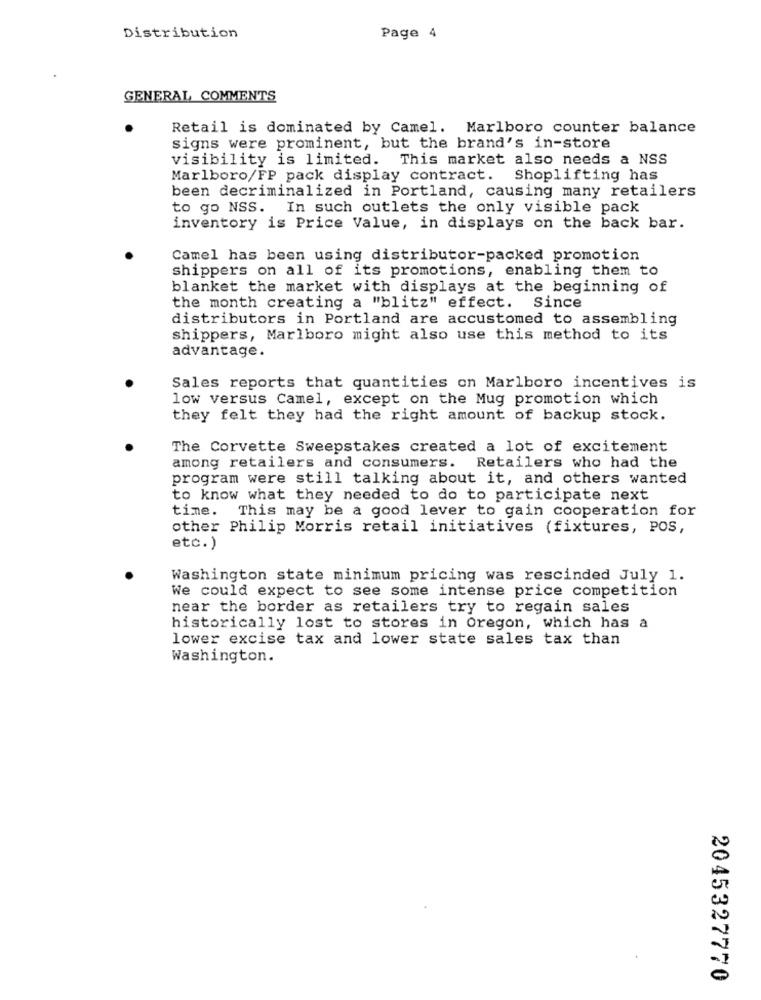
Distribution
Page 4
GENERAL COMMENTS
Retail is dominated by Camel. Marlboro counter balance
signs were prominent, but the brand's in-store
visibility is limited. This market also needs a NSS
Marlboro/FP pack display contract. Shoplifting has
been decriminalized in Portland, causing many retailers
to go NSS. In such outlets the only visible pack
inventory is Price Value, in displays on the back bar.
Camel has been using distributor-packed promotion
shippers on all of its promotions, enabling them to
blanket the market with displays at the beginning of
the month creating a "blitz" effect. Since
distributors in Portland are accustomed to assembling
shippers, Marlboro might also use this method to its
advantage.
Sales reports that quantities on Marlboro incentives is
low versus Camel, except on the Mug promotion which
they felt they had the right amount of backup stock.
The Corvette Sweepstakes created a lot of excitement
among retailers and consumers. Retailers who had the
program were still talking about it, and others wanted
to know what they needed to do to participate next
time. This may be a good lever to gain cooperation for
other Philip Morris retail initiatives (fixtures, POS,
etc.)
Washington state minimum pricing was rescinded July 1.
We could expect to see some intense price competition
near the border as retailers try to regain sales
historically lost to stores in Oregon, which has a
lower excise tax and lower state sales tax than
Washington.
2045327770